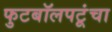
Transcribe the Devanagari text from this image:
फुटबॉलपटूंचा